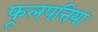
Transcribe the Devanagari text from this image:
फूलपत्तियां